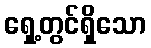
ရှေ့တွင်ရှိသော